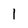
Character: 1